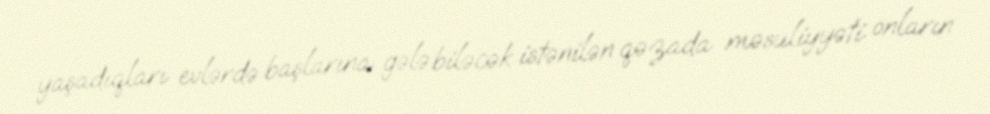
yaşadıqları evlərdə başlarına gələ biləcək istənilən qəzada məsuliyyəti onların